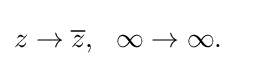
z\rightarrow {\overline {z}},\ \ \infty \rightarrow \infty .\quad